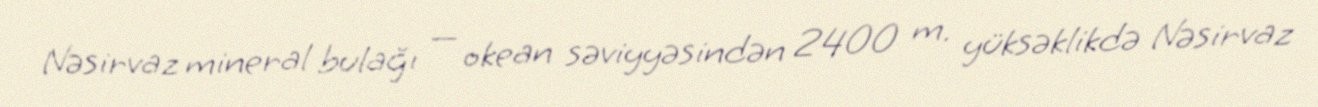
Nəsirvaz mineral bulağı — okean səviyyəsindən 2400 m. yüksəklikdə Nəsirvaz